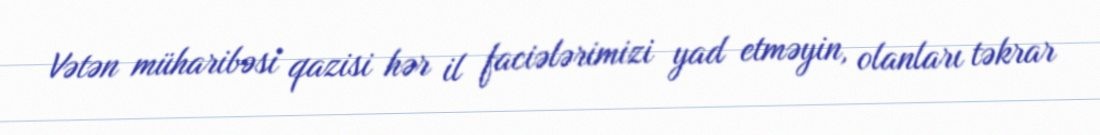
Vətən müharibəsi qazisi hər il faciələrimizi yad etməyin, olanları təkrar